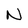
Character: N